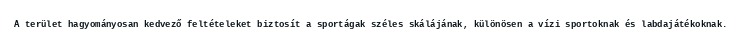
A terület hagyományosan kedvező feltételeket biztosít a sportágak széles skálájának, különösen a vízi sportoknak és labdajátékoknak.